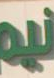
our